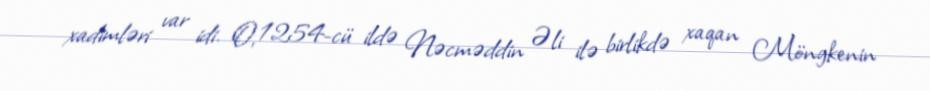
xadimləri var idi. O, 1254-cü ildə Nəcməddin Əli ilə birlikdə xaqan Möngkenin